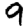
Digit: 9